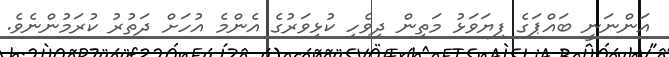
އަންނަނީ ބައްޕަގެ ފިޔަވަޅު މަތިން ދިވެހި ކުޅިވަރުގެ އެންމެ އުހަށް ދަތުރު ކުރަމުންނެވެ.